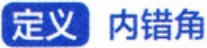
定义 内错角